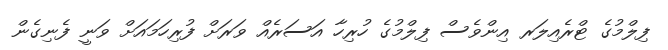
ފިލްމުގެ ޓްރެއިލަރ އިންވެސް ފިލްމުގެ ހުރިހާ އަސަރެއް ވަރަށް ފުރިހަމައަށް ވަނީ ފެނިގެން